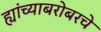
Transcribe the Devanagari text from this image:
ह्यांच्याबरोबरचे